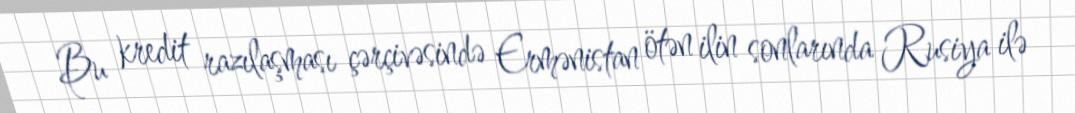
Bu kredit razılaşması çərçivəsində Ermənistan ötən ilin sonlarında Rusiya ilə